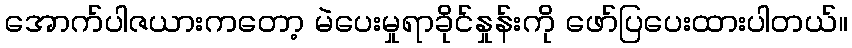
အောက်ပါဇယားကတော့ မဲပေးမှုရာခိုင်နှုန်းကို ဖော်ပြပေးထားပါတယ်။